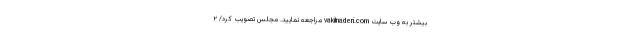
بیشتر به وب سایت vakilnaderi.com مراجعه نمایید. مجلس تصویب کرد/ ۲